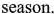
season.